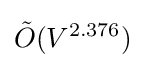
{\tilde {O}}(V^{2.376})